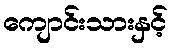
ကျောင်းသားနှင့်